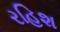
રહિશ